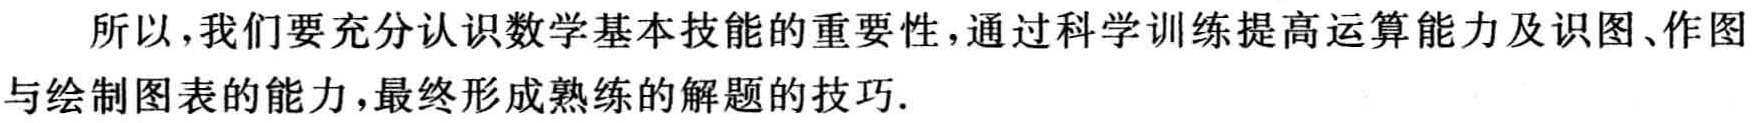
所以，我们要充分认识数学基本技能的重要性，通过科学训练提高运算能力及识图、作图与绘制图表的能力，最终形成熟练的解题的技巧.